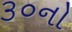
૩૦નો